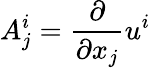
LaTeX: A_{j}^{i}=\frac{\partial}{\partial x_{j}}u^{i}